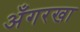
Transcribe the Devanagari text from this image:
अँगरखा